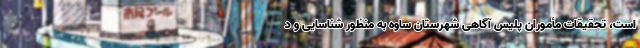
است، تحقیقات مأموران پلیس آگاهی شهرستان ساوه به منظور شناسایی و د